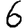
Digit: 6